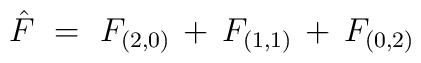
{\hat F} ~=~F_{(2,0)} \, + \, F_{(1,1)} \, + \, F_{(0,2)}